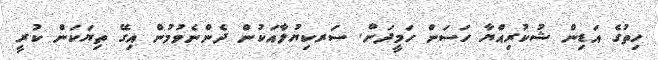
ހިތުގެ އަޑިން ޝުކުރިއްޔާ ހަސަން ހަމީދަށް. ސަރކިޔުލާއަކުން ދެންނެވުމުން އިގޭ ތިޔަކަން ކުރީ